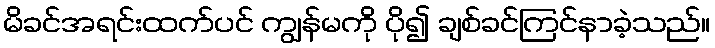
မိခင်အရင်းထက်ပင် ကျွန်မကို ပို၍ ချစ်ခင်ကြင်နာခဲ့သည်။